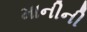
માનીની